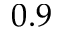
0 . 9